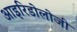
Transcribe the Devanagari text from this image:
आइरिडोलोजी